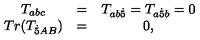
\begin{array} { c c c } { T _ { a b c } } & { = } & { T _ { a b { \dot { 5 } } } = T _ { a { \dot { 5 } } b } = 0 } \\ { T r ( T _ { { \dot { 5 } } A B } ) } & { = } & { 0 , } \\ \end{array}